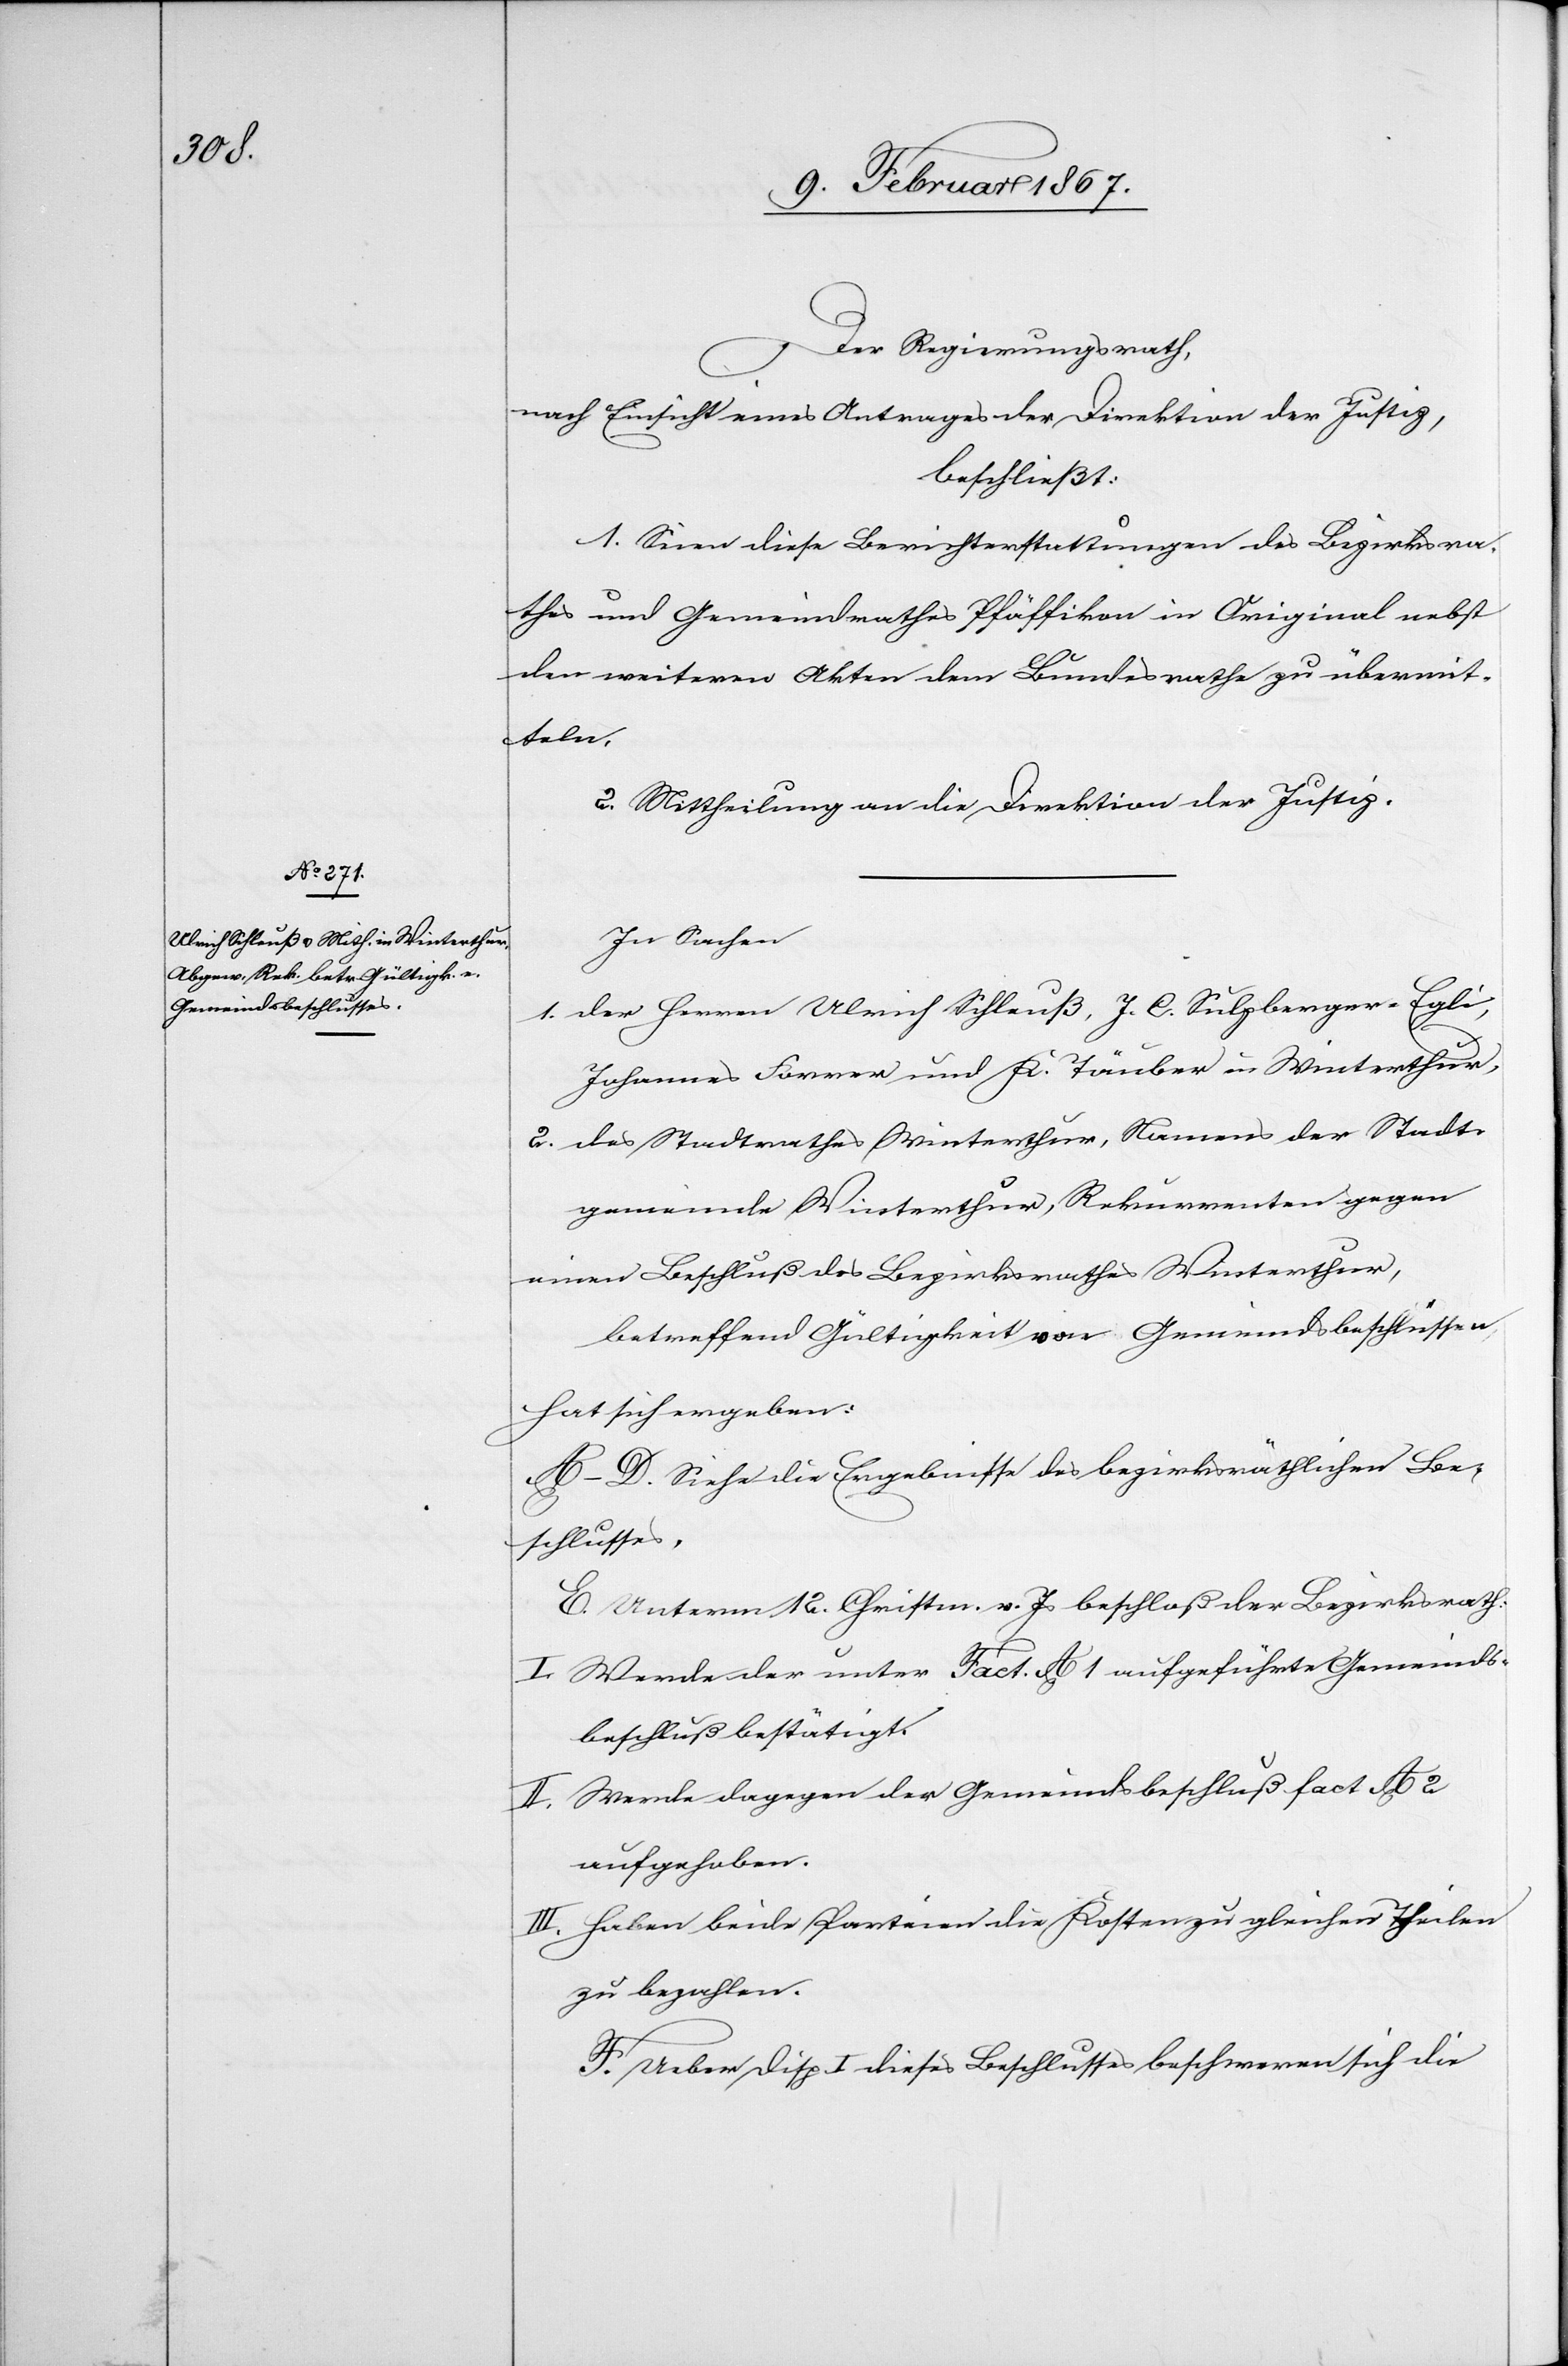
Der Regierungsrath,
nach Ansicht eines Antrages der Direktion der Justiz,
beschließt:
1. Sind diese Berichterstattungen des Bezirksra¬
thes und Gemeindrathes Pfäffikon in Original nebst
den weiteren Akten dem Bundesrathe zu übermit¬
teln.
2. Mittheilung an die Direktion der Justiz.